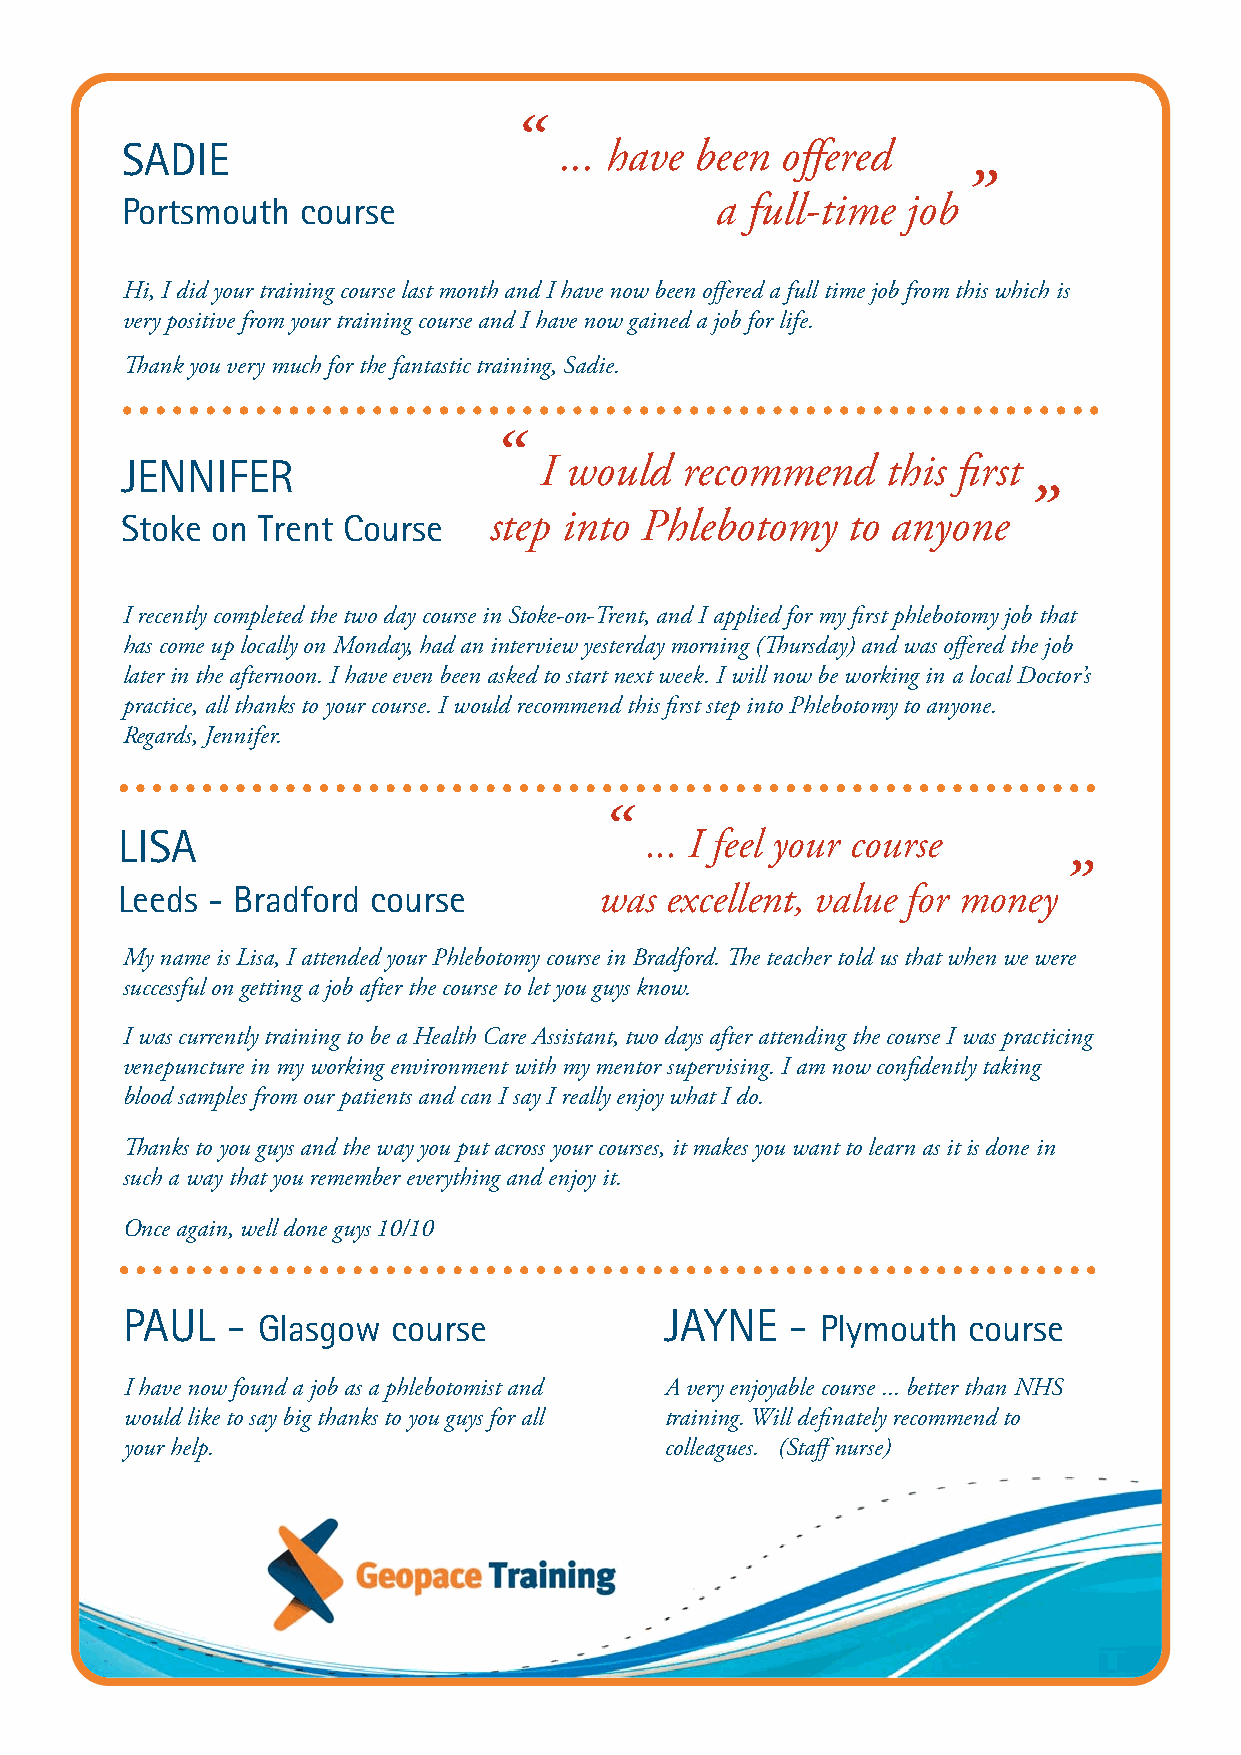
“
 SADIE                        ... have been  offered
 ”
 Portsmouth  course                     a  full-time job
 Hi, I did your training course last month and I have now been offered a full time job from this which is
 very positive from your training course and I have now gained a job for life.
 Thank you very much for the fantastic training, Sadie.
 “
 JENNIFER                    I would  recommend     this first
 ”
 Stoke on Trent Course   step into Phlebotomy    to anyone
 I recently completed the two day course in Stoke-on-Trent, and I applied for my first phlebotomy job that
 has come up locally on Monday, had an interview yesterday morning (Thursday) and was offered the job
 later in the afternoon. I have even been asked to start next week. I will now be working in a local Doctor’s
 practice, all thanks to your course. I would recommend this first step into Phlebotomy to anyone.
 Regards, Jennifer.
 “
 LISA                               ... I feel your course
 ”
 Leeds - Bradford course         was excellent, value for money
 My name is Lisa, I attended your Phlebotomy course in Bradford. The teacher told us that when we were
 successful on getting a job after the course to let you guys know.
 I was currently training to be a Health Care Assistant, two days after attending the course I was practicing
 venepuncture in my working environment with my mentor supervising. I am now confidently taking
 blood samples from our patients and can I say I really enjoy what I do.
 Thanks to you guys and the way you put across your courses, it makes you want to learn as it is done in
 such a way that you remember everything and enjoy it.
 Once again, well done guys 10/10
 PAUL   - Glasgow  course            JAYNE   - Plymouth  course
 I have now found a job as a phlebotomist and A very enjoyable course ... better than NHS
 would like to say big thanks to you guys for all training. Will definately recommend to
 your help.                          colleagues. (Staff nurse)